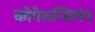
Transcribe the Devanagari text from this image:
कोपेरुन्सिगंन